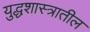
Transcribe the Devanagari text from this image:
युद्धशास्त्रातील